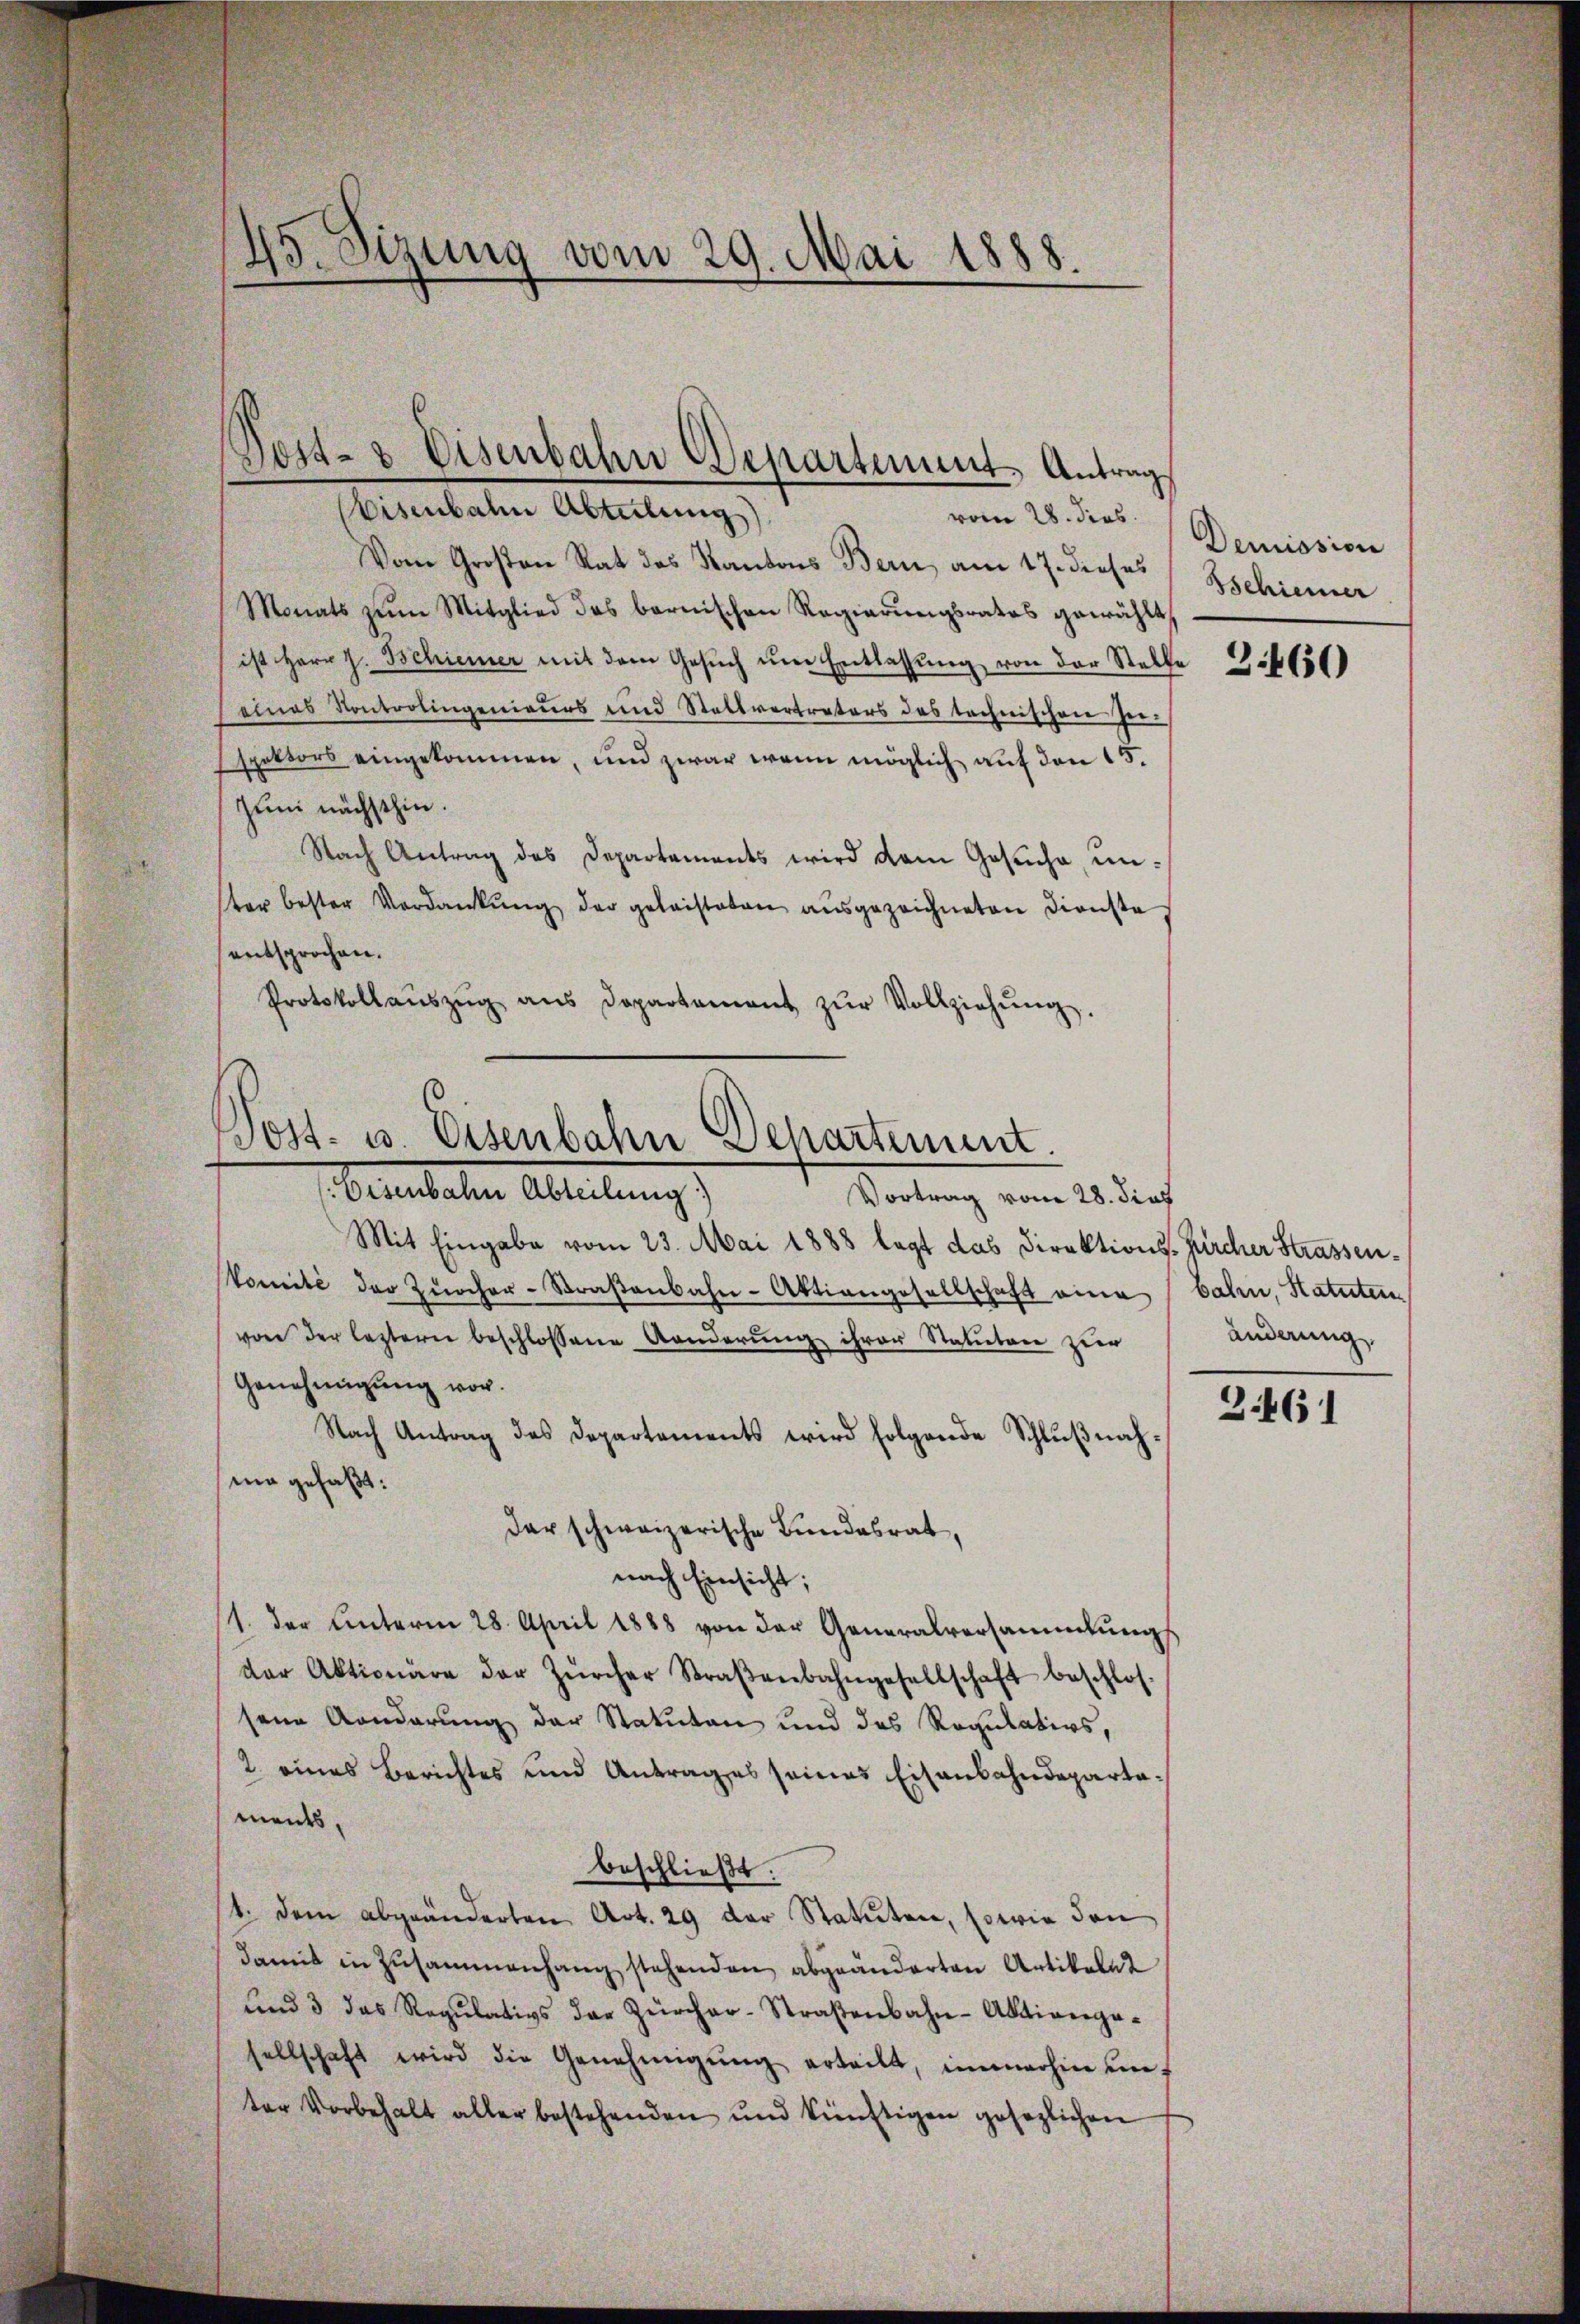
Wisenbahn Abteilung)
vom 28. dies
Vom Großen Rat des Kantons Bern am 17. dieses
Monats zum Mitglied des bernischen Regierungsrates gewählt,
ist Herr J. Schiener mit dem Gesŭch ŭm Entlassŭng von der Stelle
eines Kontrolingenieurs und Stellvertreters des technischen Hei-
spektors eingekommen, und zwar wenn möglich auf den 15.
Juni nächsthin.
Nach Antrag des Departements wird dem Gesŭche, ŭn-
ter bester Verdankŭng der geleisteten aŭsgezeichneten Dienste
entsprochen.
Protokollaŭszŭg ans Departement zŭr Vollziehŭng.

45. Sizung vom 29. Mai 1888

Post- & Eisenbahn Departement Antrag

Post- u. Eisenbahn Departement.

Berateten Abteilung
Vortrag vom 28. dies
Mit Eingabe vom 23. Mai 1888 legt das Direktions- Kircher Strassen¬
Vomité der Zürcher-Straβenbahn-Aktiengesellschaft eine bahn, Hatuten
von der leztern beschlossene Aenderung ihrer Statuten zur
Genehmigung vor.
Nach Antrag des Departements wird folgende Schlŭβnah-
ma gefaßt:
der schweizerische Bundesrat,
nach Einsicht;
(1. der Unterm 28. April 1888 von der Generalversammlungs
der Aktionäre der Zürcher Straβenbahngesellschaft beschlos-
sene Konderung der Statuten und des Regulativs,
2 eines Berichtes und Antrages seines Eisenbahndepartaments,
beschließt.
1. dem abgeänderten Art. 29 der Statuten, sowie den
damit in Zusammenhang stehenden abgeänderten Artikeln z
ŭnd 3 das Regŭlativs der Zürcher-Straβenbahn-Aktivrega-
sellschaft wird die Genehmigŭng erteilt, immerhin un
ter Vorbehalt aller bestehenden und künftigen gesezlichen

Demission
Schiener

3460

änderung

.461